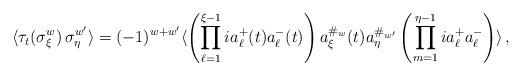
LaTeX: \begin{align*}\langle \tau_t( \sigma_\xi^w) \, \sigma_\eta^{w'} \rangle = (-1)^{w+w'} \langle \left( \prod_{\ell=1}^{\xi-1} i a_\ell^+(t) a_\ell^-(t) \right) a^{\#_w}_\xi(t) a^{\#_{w'}}_\eta \left( \prod_{m=1}^{\eta-1} i a_\ell^+ a_\ell^- \right) \rangle \, , \end{align*}